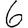
Digit: 6